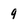
Character: 9